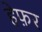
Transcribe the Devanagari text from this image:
हेफ़र